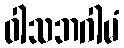
ဝါသဘဂါမံ